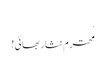
.
محترم نثار بھائی!